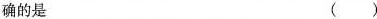
确的是 ( )